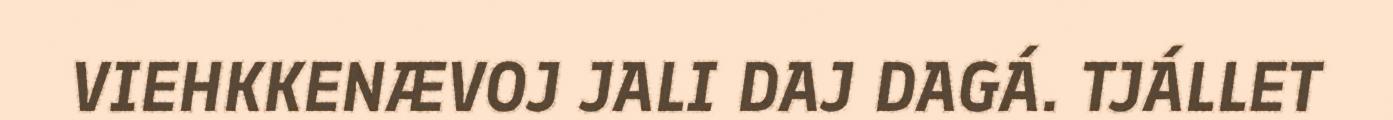
VIEHKKENÆVOJ JALI DAJ DAGÁ. TJÁLLET